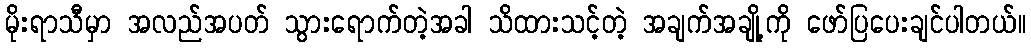
မိုးရာသီမှာ အလည်အပတ် သွားရောက်တဲ့အခါ သိထားသင့်တဲ့ အချက်အချို့ကို ဖော်ပြပေးချင်ပါတယ်။